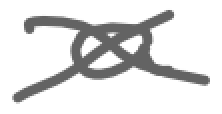
Text: a
Cross-out: cross
Writing tool: digital_gray